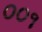
૦૦૧